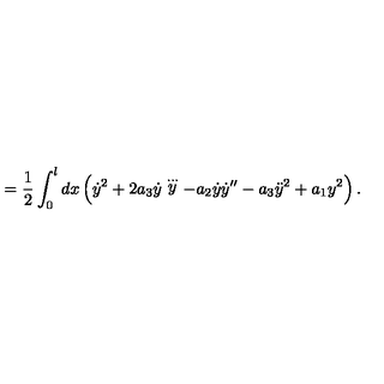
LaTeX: = \frac { 1 } { 2 } \int _ { 0 } ^ { l } d x \left( \dot { y } ^ { 2 } + 2 a _ { 3 } \dot { y } \stackrel { \ldots } { y } - a _ { 2 } \dot { y } \dot { y } ^ { \prime \prime } - a _ { 3 } \ddot { y } ^ { 2 } + a _ { 1 } y ^ { 2 } \right) .